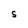
Character: S